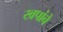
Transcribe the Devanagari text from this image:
खपांचे